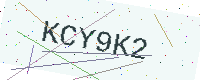
Text: KCY9K2